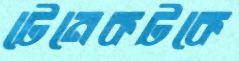
টেনেকটকে